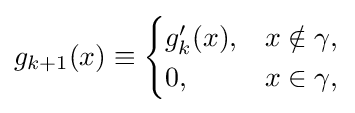
g_{k+1}(x)\equiv {\begin{cases}g'_{k}(x),&x\notin \gamma ,\\0,&x\in \gamma ,\end{cases}}